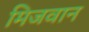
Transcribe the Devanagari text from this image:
मिजवान